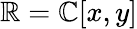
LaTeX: \mathbb{R}=\mathbb{{C}}[x,y]